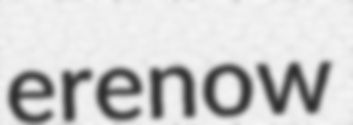
erenow